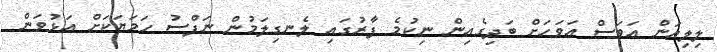
ލިލިއަން އަވަސް އަވަހަށް ބަދިގެއިން ނިކުމެ ފާރުގައި ލެނގިލަމުން ނަފްސު ހަމަޔަކަށް އަޅުވަން